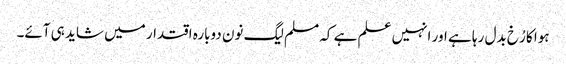
ہوا کا رُخ بدل رہا ہے اور انہیں علم ہے کہ مسلم لیگ نون دوبارہ اقتدار میں شاید ہی آئے۔